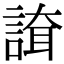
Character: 𧪇